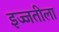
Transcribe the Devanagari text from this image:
इज्जतीला